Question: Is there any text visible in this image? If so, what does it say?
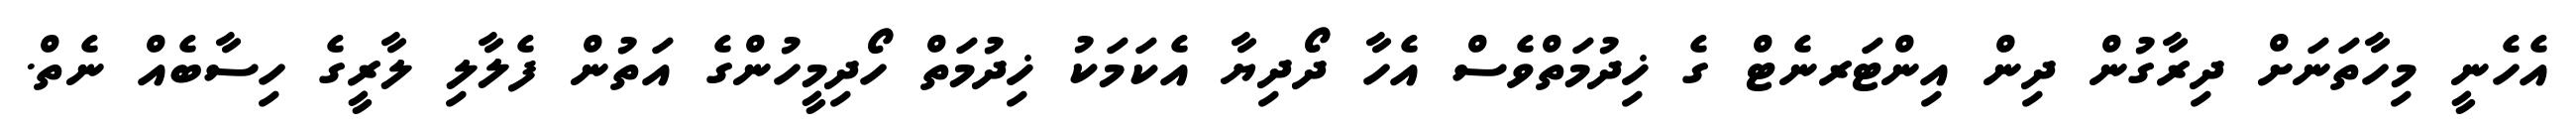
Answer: އެހެނީ މިހާތަނަށް ދިރާގުން ދިން އިންޓަރނެޓް ގެ ޚިދުމަތްވެސް އެހާ ދޯދިޔާ އެކަމަކު ޚިދުމަތް ހޯދިމީހުންގެ އަތުން ފެލާލި ލާރީގެ ހިސާބެއް ނެތް.